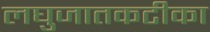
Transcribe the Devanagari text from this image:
लघुजातकटीका